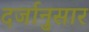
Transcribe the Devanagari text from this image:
दर्जानुसार